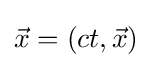
{\vec {x}}=(ct,{\vec {x}})